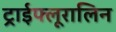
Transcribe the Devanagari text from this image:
ट्राईफ्लूरालिन